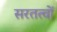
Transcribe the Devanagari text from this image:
सरतत्वों